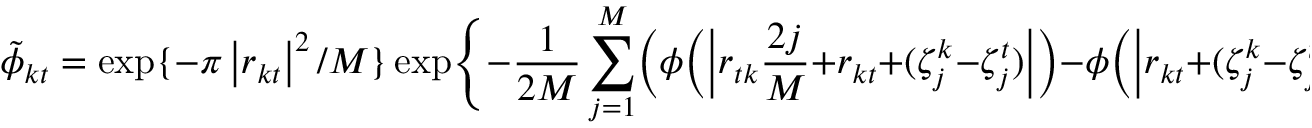
\tilde { \phi } _ { k t } = \exp \{ - { \pi } \left| r _ { k t } \right| ^ { 2 } / M \} \exp \Biggl \{ - \frac { 1 } { 2 M } \sum _ { j = 1 } ^ { M } \biggl ( \phi \Bigl ( \Bigl | r _ { t k } \frac { 2 j } { M } + r _ { k t } + ( \zeta _ { j } ^ { k } - \zeta _ { j } ^ { t } ) \Bigr | \Bigr ) - { } \phi \Bigl ( \Bigl | r _ { k t } + ( \zeta _ { j } ^ { k } - \zeta _ { j } ^ { t } ) \Bigr | \Bigr ) \biggr ) \Biggr \} ,